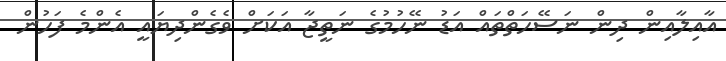
އާއިލާއިން ދިން ނަސޭހަތްތައް އަޑު ނޭހުމުގެ ނަތީޖާ އަކަށް ވެގެންދިޔައީ އެންމެ ފަހުން